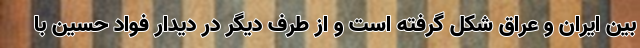
بین ایران و عراق شکل گرفته است و از طرف دیگر در دیدار فواد حسین با